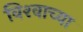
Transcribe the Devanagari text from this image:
विश्‍वाच्‍या